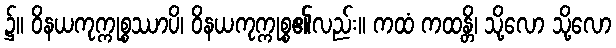
၌။ ဝိနယကုက္ကုစ္စဿာပိ၊ ဝိနယကုက္ကုစ္စ၏လည်း။ ကထံ ကထန္တိ၊ သို့လော သို့လော